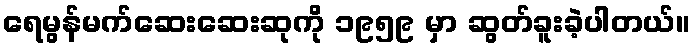
ရေမွန်မက်ဆေးဆေးဆုကို ၁၉၅၉ မှာ ဆွတ်ခူးခဲ့ပါတယ်။